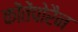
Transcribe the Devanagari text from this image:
कोंतेंपोरैन